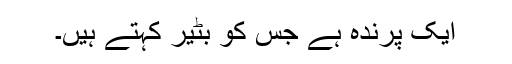
ایک پرندہ ہے جس کو بٹیر کہتے ہیں۔